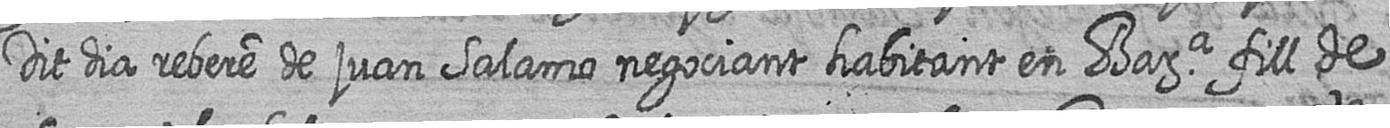
Dit dia rebere de juan Salamo negociant habitant en Bara fill de